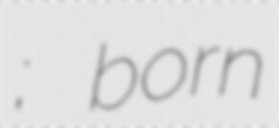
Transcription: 고명석; born